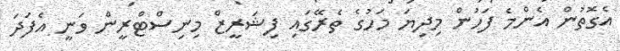
އެގޮތުން އެންމެ ފަހުން މިދިޔަ މަހުގެ ތެރޭގައި ފިޝަރީޒް މިނިސްޓްރީން ވަނީ އެފަދަ